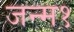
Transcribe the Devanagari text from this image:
जन्म१